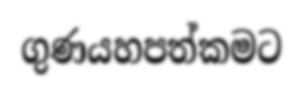
ගුණයහපත්කමට